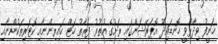
ހަނީފު ވިދާޅުވީ ހޮނޑައިދޫ އޮޕަރޭޝަންގައި ރަށުގެ އުތުރު ފަރާތު ހަޓް ކައިރިންނާއި ކޮޓަރިތަކުންނާއި